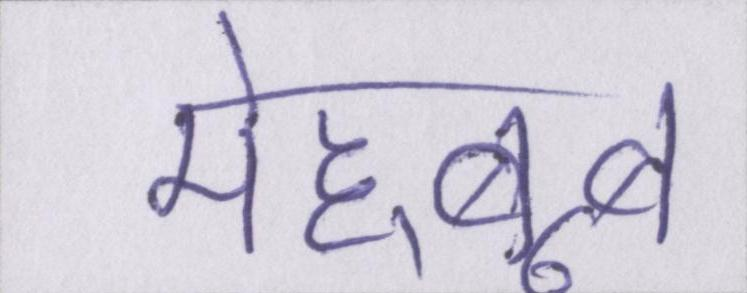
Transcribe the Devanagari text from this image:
मेह्बूब